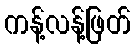
ကန့်လန့်ဖြတ်